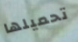
تحميلها